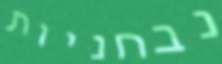
נבחניות